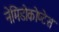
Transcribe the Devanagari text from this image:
नेमिडोकोप्टेस